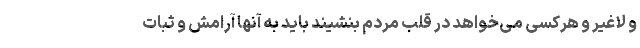
و لاغیر و هرکسی می‌خواهد در قلب مردم بنشیند باید به آنها آرامش و ثبات